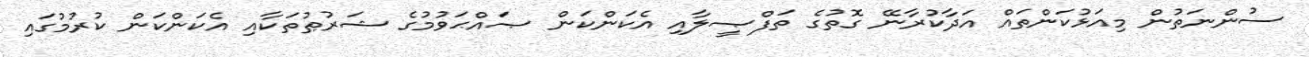
ސުންނަތުން މިއަޅުކަންތައް އަދާކުރާނޭ ގޮތުގެ ތަފްޞީލާއި އެކަންކަން ޞައްޙަވުމުގެ ޝަރުޠުތަކާއި އެކަންކަން ކުރުމުގައި